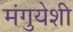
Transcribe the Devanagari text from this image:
मंगुयेशी